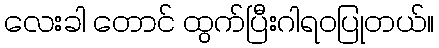
လေးခါ တောင် ထွက်ပြီးဂါရဝပြုတယ်။